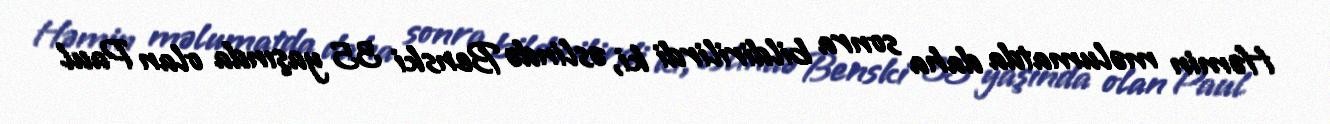
Həmin məlumatda daha sonra bildirilirdi ki, əslində Benski 35 yaşında olan Paul